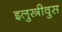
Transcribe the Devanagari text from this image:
इलुस्त्रीवुस